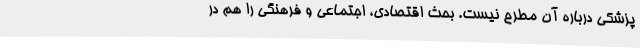
پزشکی درباره آن مطرح نیست. بحث اقتصادی، اجتماعی و فرهنگی را هم در